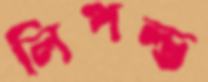
লিপল্ড